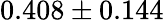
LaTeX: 0.408\pm 0.144